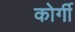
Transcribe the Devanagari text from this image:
कोर्गी